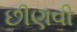
છીણવી